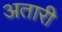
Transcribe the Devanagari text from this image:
अतारी